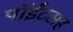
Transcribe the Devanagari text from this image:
पॉईंटसह